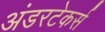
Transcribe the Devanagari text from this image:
अंडरटेकर्स